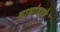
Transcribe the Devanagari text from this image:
वाघांमध्ये